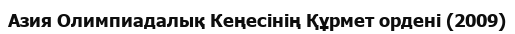
Азия Олимпиадалық Кеңесінің Құрмет ордені (2009)